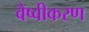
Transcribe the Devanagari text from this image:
वैष्वीकरण